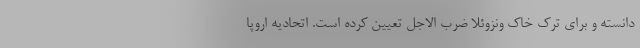
دانسته و برای ترک خاک ونزوئلا ضرب الاجل تعیین کرده است. اتحادیه اروپا